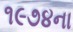
૧૯૭૪ના